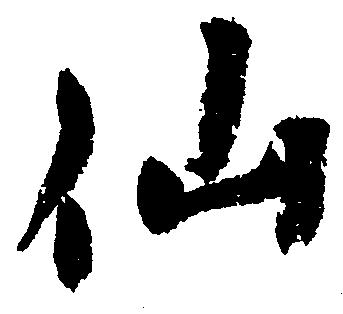
仙